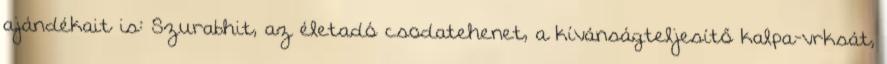
ajándékait is: Szurabhit, az életadó csodatehenet, a kívánságteljesítő kalpa-vrksát,